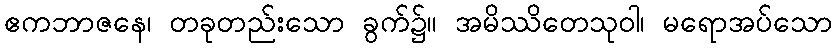
ဧကဘာဇနေ၊ တခုတည်းသော ခွက်၌။ အမိဿိတေသုဝါ၊ မရောအပ်သော